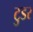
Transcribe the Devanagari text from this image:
टुडर